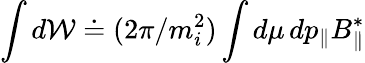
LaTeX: \int d\mathcal{W}\doteq(2\pi/m_{i}^{2})\int d\mu\, dp_{\parallel}B_{\parallel}^{*}